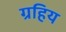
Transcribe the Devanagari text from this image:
ग्रहिय